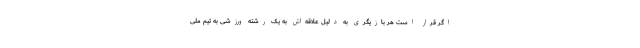
اگر قرار است هر بازیگری به دلیل علاقه‌اش به یک رشته ورزشی به تیم ملی